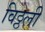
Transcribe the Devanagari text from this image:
विठ्ठली